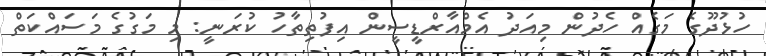
ހުޅުދޫގެ މަގެއް ހެދުން މިއަދު އެމްއާރްޑީސީން އިފުތިތާހު ކުރަނީ: މި މަގުގެ މަސައްކަތް